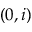
( 0 , i )